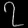
Digit: ၇